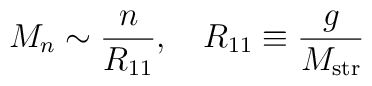
M_n\sim \frac{n}{R_{11}}, \quad R_{11}\equiv\frac{g}{M_{\rm str}}